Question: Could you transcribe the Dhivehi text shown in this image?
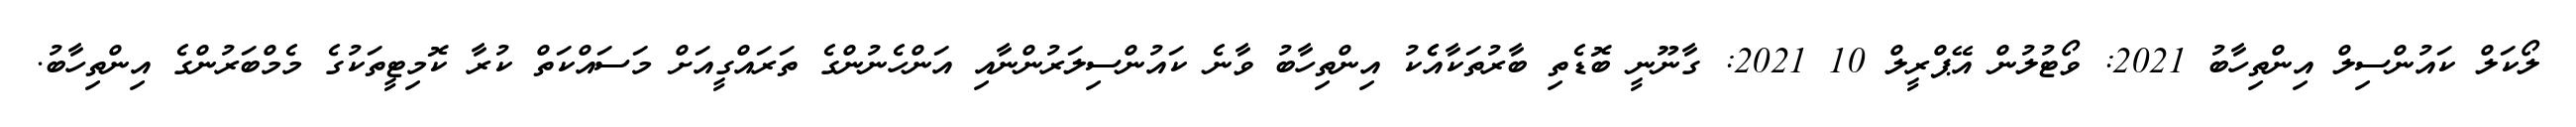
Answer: ލޯކަލް ކައުންސިލް އިންތިހާބު 2021: ވޯޓުލުން އޭޕްރީލް 10 2021: ގާނޫނީ ބޮޑެތި ބާރުތަކާއެެކު އިންތިހާބު ވާނެ ކައުންސިލަރުންނާއި އަންހެނުންގެ ތަރައްގީއަށް މަސައްކަތް ކުރާ ކޮމިޓީތަކުގެ މެމްބަރުންގެ އިންތިހާބު.